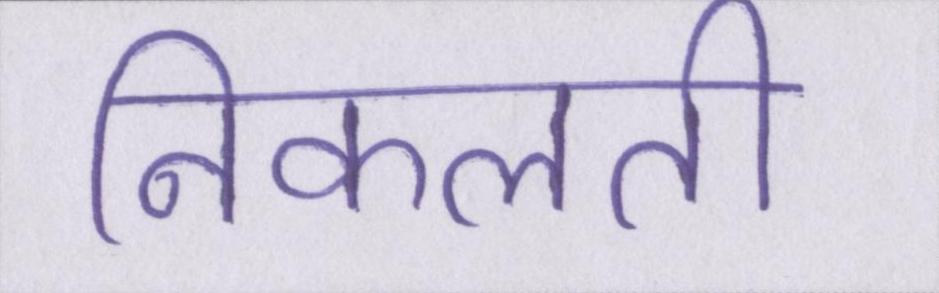
निकलती